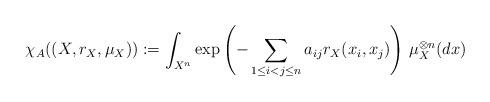
LaTeX: \begin{align*} \chi_A((X, r_X, \mu_X)) := \int_{X^n} \exp\left(- \sum_{1 \le i < j \le n} a_{ij} r_X(x_i,x_j)\right) \, \mu_X^{\otimes n}(dx)\end{align*}